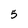
Character: 5